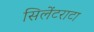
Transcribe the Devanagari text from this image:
सिलेंटराटा